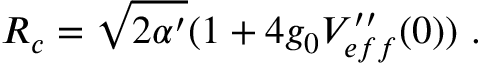
R _ { c } = \sqrt { 2 \alpha ^ { \prime } } ( 1 + 4 g _ { 0 } V _ { e f f } ^ { \prime \prime } ( 0 ) ) \ .